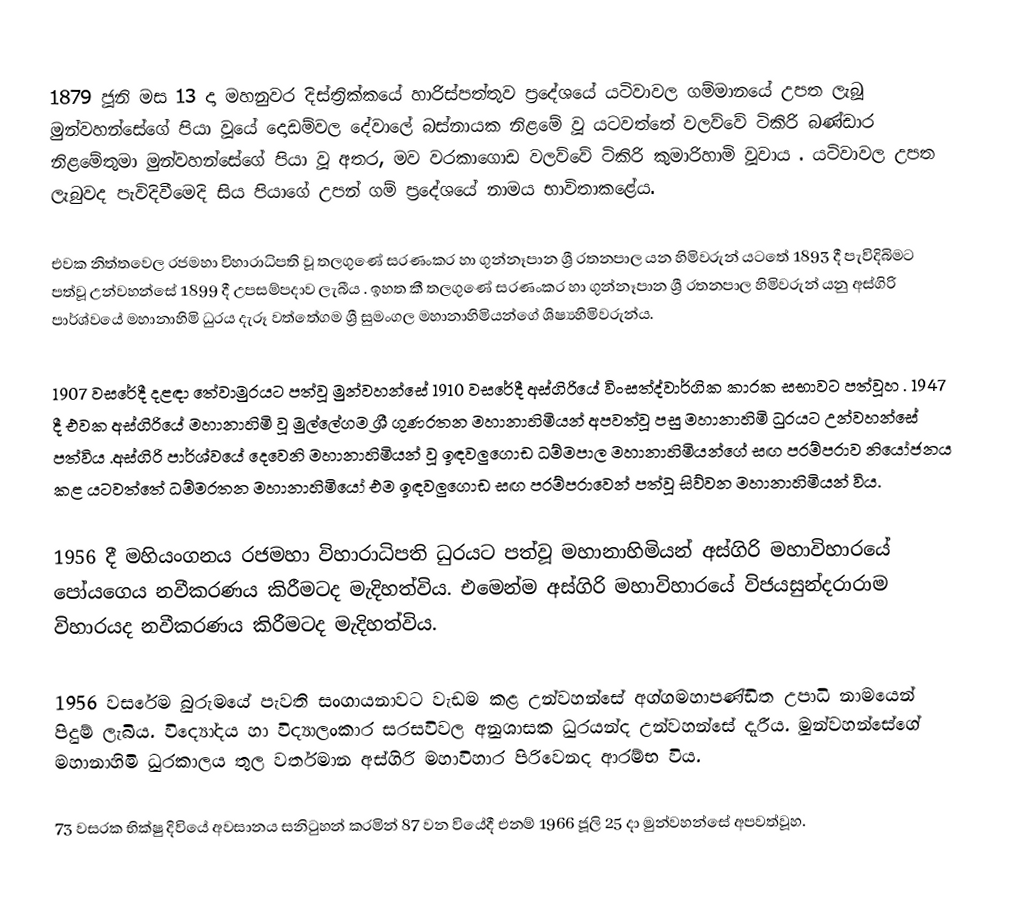
1879 ජූනි මස 13 දා මහනුවර දිස්ත්‍රික්කයේ හාරිස්පත්තුව ප්‍රදේශයේ යටිවාවල ගම්මානයේ උපත ලැබූ මුන්වහන්සේගේ පියා වූයේ දොඩම්වල  දේවාලේ බස්නායක නිළමේ වූ යටවත්තේ වලව්වේ ටිකිරි බණ්ඩාර නිළමේතුමා මුන්වහන්සේගේ පියා වූ අතර, මව වරකාගොඩ වලව්වේ ටිකිරි කුමාරිහාමි වූවාය . යටිවාවල උපත ලැබුවද පැවිදිවීමෙදි සිය පියාගේ උපන් ගම් ප්‍රදේශයේ නාමය භාවිතාකළේය.

එවක නිත්තවෙල රජමහා විහාරාධිපති වූ තලගුණේ සරණංකර හා ගුන්නෑපාන ශ්‍රී ‍රතනපාල යන හිමිවරුන් යටතේ 1893 දී පැවිදිබිමට පත්වූ උන්වහන්සේ 1899 දී උපසම්පදාව ලැබීය . ඉහත කී තලගුණේ සරණංකර හා ගුන්නෑපාන ශ්‍රී ‍රතනපාල හිමිවරුන් යනු අස්ගිරි පාර්ශ්වයේ මහානාහිමි ධුරය දැරූ වත්තේගම ශ්‍රී සුමංගල මහානාහිමියන්ගේ ශිෂ්‍යහිමිවරුන්ය.

1907 වසරේදී දළඳා තේවාමුරයට පත්වූ මුන්වහන්සේ 1910 වසරේදී අස්ගිරියේ විංසත්ද්වාර්ගික කාරක සභාවට පත්වූහ . 1947 දී එවක අස්ගිරියේ මහානාහිමි වූ මුල්ලේගම ශ්‍රී ගුණරතන මහානාහිමියන් අපවත්වූ පසු මහානාහිමි ධුරයට උන්වහන්සේ පත්විය .අස්ගිරි පාර්ශ්වයේ දෙවෙනි මහානාහිමියන් වූ ඉඳවලුගොඩ ධම්මපාල මහානාහිමියන්ගේ සඟ පරම්පරාව නියෝජනය කළ යටවත්තේ ධම්මරතන මහානාහිමියෝ එම ඉඳවලුගොඩ සඟ පරම්පරාවෙන් පත්වූ සිව්වන මහානාහිමියන් විය.

1956 දී මහියංගනය රජමහා විහාරාධිපති ධුරයට පත්වූ මහානාහිමියන් අස්ගිරි මහාවිහාරයේ පෝයගෙය නවීකරණය කිරීමටද මැදිහත්විය. එමෙන්ම අස්ගිරි මහාවිහාරයේ විජයසුන්දරාරාම විහාරයද නවීකරණය කිරීමටද මැදිහත්විය.

1956 වසරේම බුරුමයේ පැවති සංගායනාවට වැඩම කළ උන්වහන්සේ  අග්ගමහාපණ්ඩිත උපාධි නාමයෙන් පිදුම් ලැබිය. විද්‍යෝදය හා විද්‍යාලංකාර සරසවිවල අනුශාසක ධුරයන්ද උන්වහන්සේ දැරීය. මුන්වහන්සේගේ මහානාහිමි ධුරකාලය තුල වර්තමාන අස්ගිරි මහාවිහාර පිරිවෙනද ආරම්භ විය.

73 වසරක භික්ෂු දිවියේ අවසානය සනිටුහන් කරමින් 87 වන වියේදී එනම් 1966 ජූලි 25 දා මුන්වහන්සේ අපවත්වූහ.